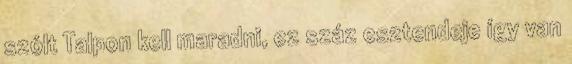
szólt Talpon kell maradni, ez száz esztendeje így van